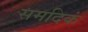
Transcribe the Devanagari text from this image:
समदिकं